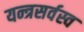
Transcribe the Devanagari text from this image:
यन्त्रसर्वस्व